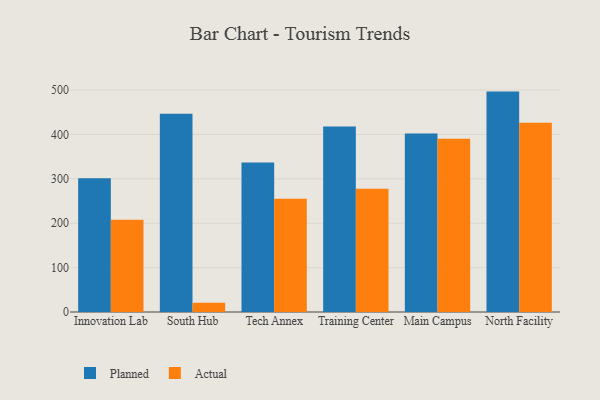
{"axis": {"x": "Campus", "y": "Population (Million)"}, "legend": ["Actual", "Planned"], "data": [{"x": "Innovation Lab", "y": 301.2, "type": "Planned"}, {"x": "Innovation Lab", "y": 207.6, "type": "Actual"}, {"x": "South Hub", "y": 446.5, "type": "Planned"}, {"x": "South Hub", "y": 20.6, "type": "Actual"}, {"x": "Tech Annex", "y": 336.6, "type": "Planned"}, {"x": "Tech Annex", "y": 255.1, "type": "Actual"}, {"x": "Training Center", "y": 418.1, "type": "Planned"}, {"x": "Training Center", "y": 277.7, "type": "Actual"}, {"x": "Main Campus", "y": 402.1, "type": "Planned"}, {"x": "Main Campus", "y": 390.5, "type": "Actual"}, {"x": "North Facility", "y": 496.5, "type": "Planned"}, {"x": "North Facility", "y": 426.2, "type": "Actual"}]}